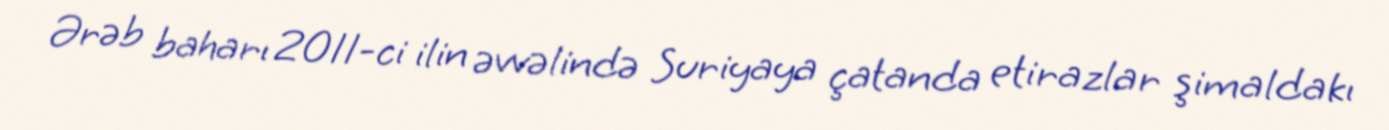
Ərəb baharı 2011-ci ilin əvvəlində Suriyaya çatanda etirazlar şimaldakı